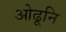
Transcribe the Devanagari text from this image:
ओढूनि